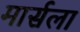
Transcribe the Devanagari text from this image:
मार्सला